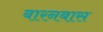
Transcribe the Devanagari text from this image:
बारनबास